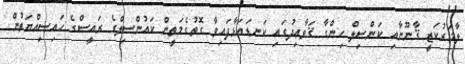
ލާމަރުކަޒީ ޤާނޫނާއި ކަންސިލް ހިންގާ ޤަވާޢިދުގައި ކަނޑައަޅާފައިވާ ގޮތުގެމަތީން ކައުންސިލްގެ ރައީސްގެ ހައިސިއްޔަތުން